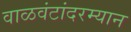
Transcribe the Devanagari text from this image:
वाळवंटांदरम्यान